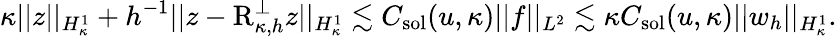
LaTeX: \kappa\lvert|z\rvert|_{H_{\kappa}^{1}}+h^{-1}\lvert|z-\textup{R}_{\kappa,h}^{\perp}z\rvert|_{H_{\kappa}^{1}}\lesssim C_{\textup{sol}}(u,\kappa)\lvert|f\rvert|_{L^{2}}\lesssim\kappa C_{\textup{sol}}(u,\kappa)\lvert|w_{h}\rvert|_{H_{\kappa}^{1}}.